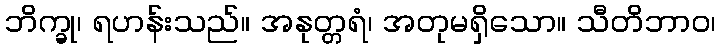
ဘိက္ခု၊ ရဟန်းသည်။ အနုတ္တရံ၊ အတုမရှိသော။ သီတိဘာဝ၊